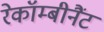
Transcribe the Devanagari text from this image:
रेकॉम्बीनैंट